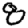
Digit: 8